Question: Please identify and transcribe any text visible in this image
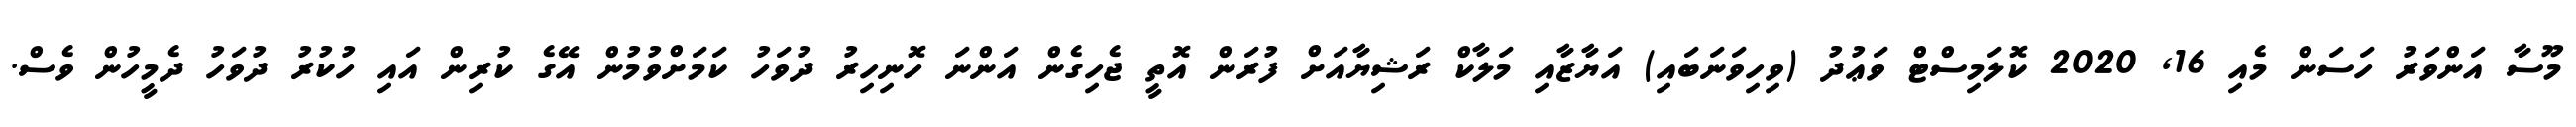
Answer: މޫސާ އަންވަރު ހަސަން މެއި 16, 2020 ކޮލަމިސްޓް ވަޢުދު (ވިހިވަނަބައި) އަޔާޒާއި މަލާކް ރަޝިޔާއަށް ފުރަން އޮތީ ޖެހިގެން އަންނަ ހޮނިހިރު ދުވަހު ކަމަށްވުމުން އޭގެ ކުރިން އައި ހުކުރު ދުވަހު ދެމީހުން ވެސް.